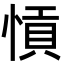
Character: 愩